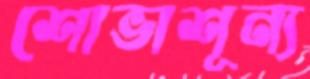
শোভাশূন্য